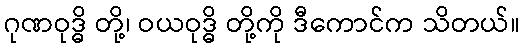
ဂုဏဝုဒ္ဓိ တို့၊ ဝယဝုဒ္ဓိ တို့ကို ဒီကောင်က သိတယ်။